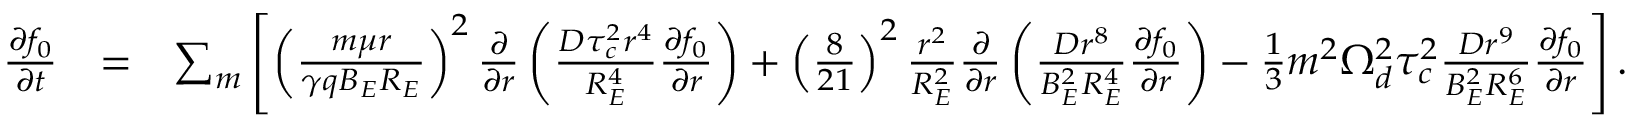
\begin{array} { r l r } { \frac { \partial f _ { 0 } } { \partial t } } & { = } & { \sum _ { m } \left[ \left( \frac { m \mu r } { \gamma q B _ { E } R _ { E } } \right) ^ { 2 } \frac { \partial } { \partial r } \left( \frac { D \tau _ { c } ^ { 2 } r ^ { 4 } } { R _ { E } ^ { 4 } } \frac { \partial f _ { 0 } } { \partial r } \right) + \left( \frac { 8 } { 2 1 } \right) ^ { 2 } \frac { r ^ { 2 } } { R _ { E } ^ { 2 } } \frac { \partial } { \partial r } \left( \frac { D r ^ { 8 } } { B _ { E } ^ { 2 } R _ { E } ^ { 4 } } \frac { \partial f _ { 0 } } { \partial r } \right) - \frac { 1 } { 3 } m ^ { 2 } \Omega _ { d } ^ { 2 } \tau _ { c } ^ { 2 } \frac { D r ^ { 9 } } { B _ { E } ^ { 2 } R _ { E } ^ { 6 } } \frac { \partial f _ { 0 } } { \partial r } \right] . } \end{array}